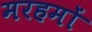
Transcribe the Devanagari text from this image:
मरहमों